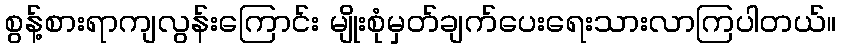
စွန့်စားရာကျလွန်းကြောင်း မျိုးစုံမှတ်ချက်ပေးရေးသားလာကြပါတယ်။